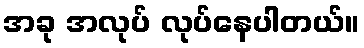
အခု အလုပ် လုပ်နေပါတယ်။